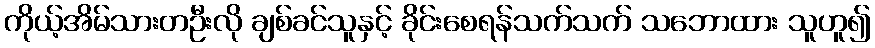
ကိုယ့်အိမ်သားတဦးလို ချစ်ခင်သူနှင့် ခိုင်းစေရန်သက်သက် သဘောထား သူဟူ၍